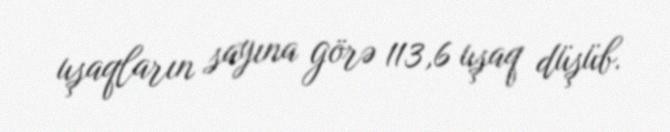
uşaqların sayına görə 113,6 uşaq düşüb.